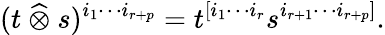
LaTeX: (t~{\widehat{\otimes}}~s)^{i_{1}\cdots i_{r+p}}=t^{[i_{1}\cdots i_{r}}s^{i_{r+1}\cdots i_{r+p}]}.